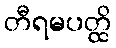
တီရမပတ္ထိ